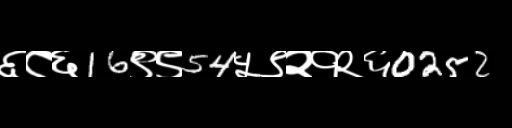
Text: ६८६16९९54५९२१२६0252